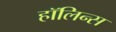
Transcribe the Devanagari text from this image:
हॉलिन्स